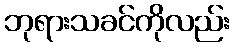
ဘုရားသခင်ကိုလည်း